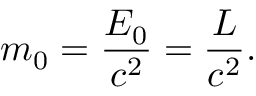
m _ { 0 } = \frac { E _ { 0 } } { c ^ { 2 } } = \frac { L } { c ^ { 2 } } .